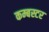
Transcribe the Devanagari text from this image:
कम्बस्टर